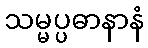
သမ္မပ္ပဓာနာနံ